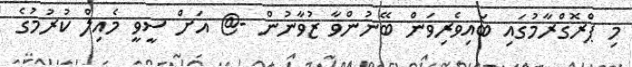
މި ޕްރޮގްރާމުގައި ބައިވެރިވަން ބޭނުންވާ ޒުވާނުން -@ އަށް ސީވީ މެއިލް ކުރުމުގެ